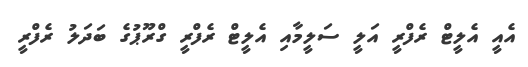
އެއީ އެލީޓް ރެފްރީީ އަލީ ސަލީމާއި އެލީޓް ރެފްރީ ގްރޫޕުގެ ބަދަލު ރެފްރީ